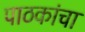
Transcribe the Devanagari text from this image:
पाठकांचा